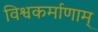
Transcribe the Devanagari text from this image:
विश्वकर्माणाम्